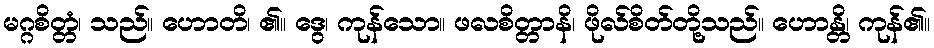
မဂ္ဂစိတ္တံ၊ သည်။ ဟောတိ၊ ၏။ ဒွေ၊ ကုန်သော။ ဖလစိတ္တာနိ၊ ဖိုလ်စိတ်တို့သည်။ ဟောန္တိ၊ ကုန်၏။